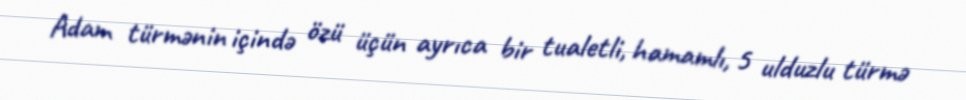
Adam türmənin içində özü üçün ayrıca bir tualetli, hamamlı, 5 ulduzlu türmə